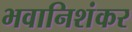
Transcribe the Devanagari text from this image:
भवानिशंकर